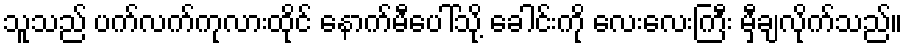
သူသည် ပက်လက်ကုလားထိုင် နောက်မီပေါ်သို့ ခေါင်းကို လေးလေးကြီး မှီချလိုက်သည်။